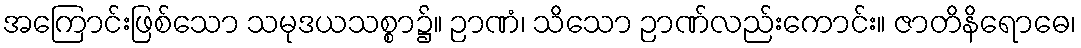
အကြောင်းဖြစ်သော သမုဒယသစ္စာ၌။ ဉာဏံ၊ သိသော ဉာဏ်လည်းကောင်း။ ဇာတိနိရောဓေ၊